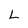
Character: L